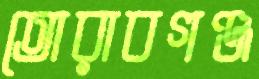
তোরাবগঞ্জ